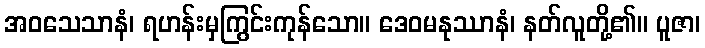
အဝသေသာနံ၊ ရဟန်းမှကြွင်းကုန်သော။ ဒေဝမနုဿာနံ၊ နတ်လူတို့၏။ ပူဇာ၊